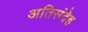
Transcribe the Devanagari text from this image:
अतिसंदेह